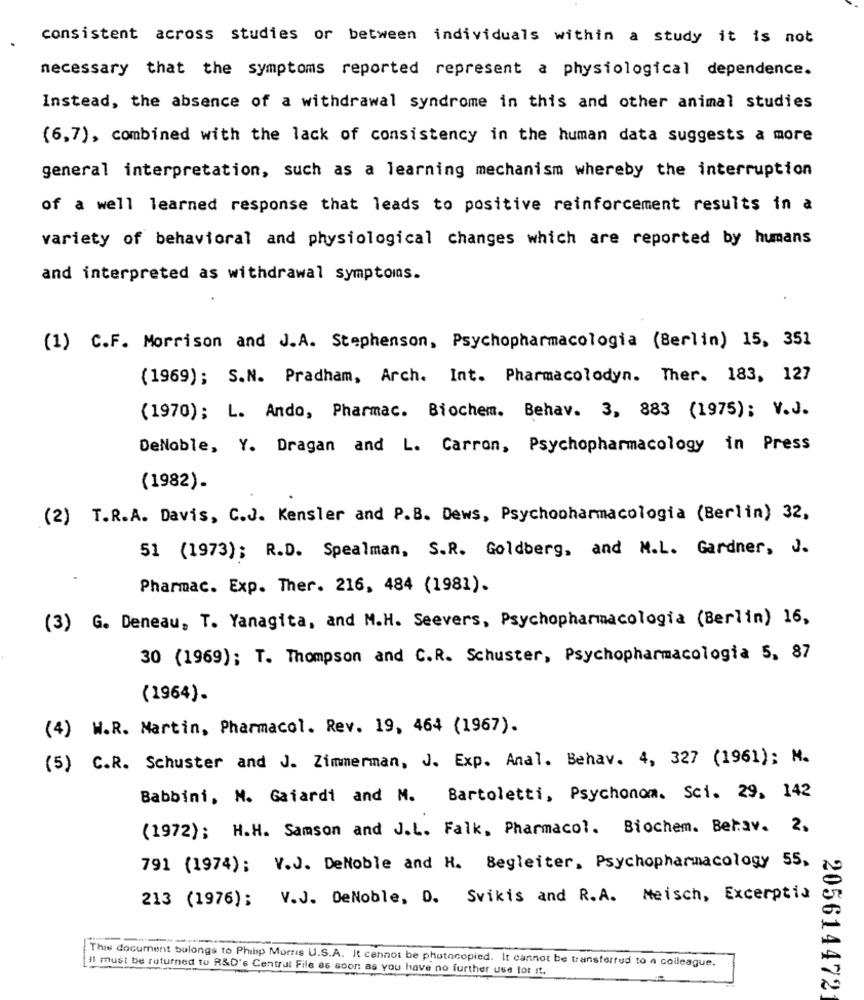
consistent across studies or between individuals within a study it is not
necessary that the symptoms reported represent a physiological dependence.
Instead, the absence of a withdrawal syndrome in this and other animal studies
(6,7), combined with the lack of consistency in the human data suggests a more
general interpretation, such as a learning mechanism whereby the interruption
of a well learned response that leads to positive reinforcement results in a
variety of behavioral and physiological changes which are reported by humans
and interpreted as withdrawal symptoms.
(1) C.F. Morrison and J.A. Stephenson, Psychopharmacologia (Berlin) 15, 351
(1969); S.N. Pradham, Arch. Int. Pharmacolodyn. Ther. 183, 127
(1970); L. Ando, Pharmac. Biochem. Behav. 3, 883 (1975); V.J.
DeNoble, Y. Dragan and L. Carron, Psychopharmacology in Press
(1982).
(2) T.R.A. Davis, C.J. Kensler and P.B. Dews, Psychopharmacologia (Berlin) 32,
51 (1973); R.D. Spealman, S.R. Goldberg, and M.L. Gardner, J.
Pharmac. Exp. Ther. 216, 484 (1981).
(3) G. Deneau, T. Yanagita, and M.H. Seevers, Psychopharmacologia (Berlin) 16,
30 (1969); T. Thompson and C.R. Schuster, Psychopharmacologia 5, 87
(1964).
(4) W.R. Martin, Pharmacol. Rev. 19, 464 (1967).
(5) C.R. Schuster and J. Zimmerman, J. Exp. Anal. Behav. 4, 327 (1961); M.
Babbini, M. Gaiardi and M. Bartoletti, Psychonom. Sci. 29, 142
(1972); H.H. Samson and J.L. Falk, Pharmacol. Biochem. Behav. 2.
791 (1974); V.J. DeNoble and H. Begleiter, Psychopharmacology 55,
213 (1976); V.J. DeNoble, D. Svikis and R.A. Meisch, Excerptis
This document belongs to Philip Morris U.S.A. It cannot be photocopied. It cannot be transferred to a colleague.
Il must be roturned tu R&D's Centrul File as soon as you have no further use for it.
205614472